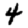
Digit: 4